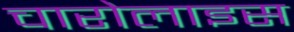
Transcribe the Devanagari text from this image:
चारोलाइस